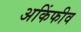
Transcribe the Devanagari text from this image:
अकिंफीव